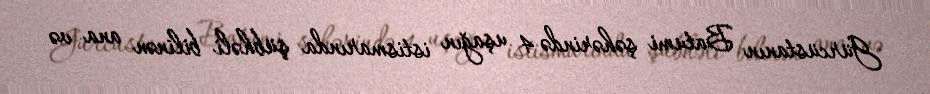
Gürcüstanın Batumi şəhərində 4 uşağın istismarında şübhəli bilinən ana və